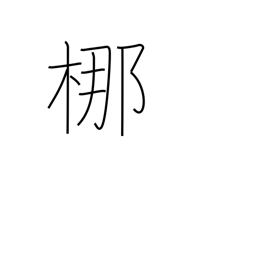
Meaning: type of tall evergreen tree